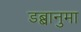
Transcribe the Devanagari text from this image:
डब्बानुमा